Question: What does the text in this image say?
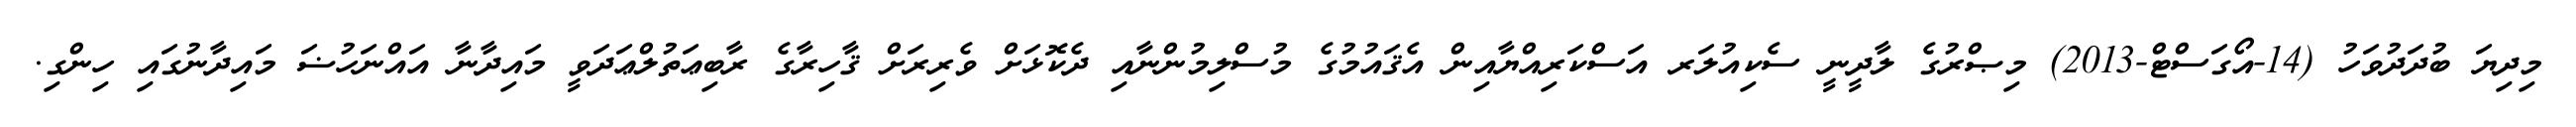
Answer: މިދިޔަ ބުދަދުވަހު (14-އޯގަސްޓް-2013) މިޞްރުގެ ލާދީނީ ސެކިއުލަރ އަސްކަރިއްޔާއިން އެޤައުމުގެ މުސްލިމުންނާއި ދެކޮޅަށް ވެރިރަށް ޤާހިރާގެ ރާބިޢަތުލްޢަދަވީ މައިދާނާ އައްނަހުޟަ މައިދާނުގައި ހިންގި.